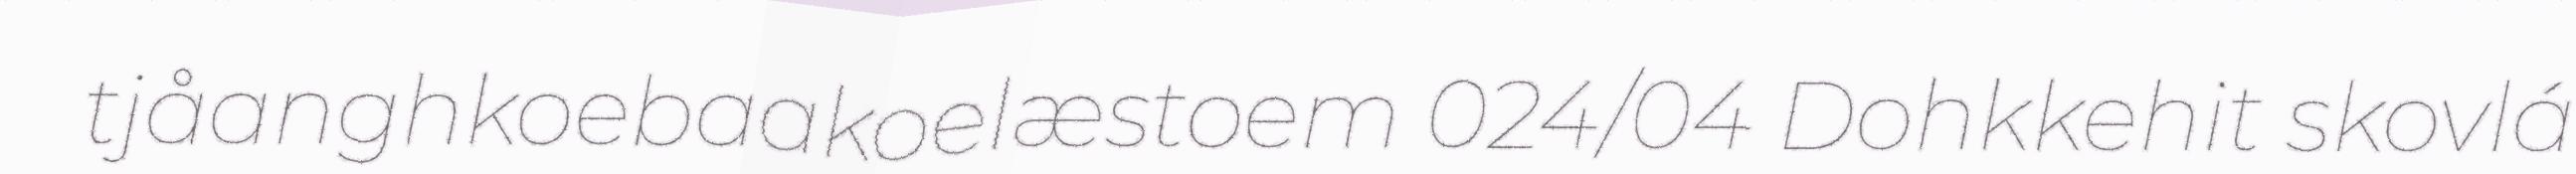
tjåanghkoebaakoelæstoem 024/04 Dohkkehit skovlá